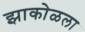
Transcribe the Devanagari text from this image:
झाकोळला